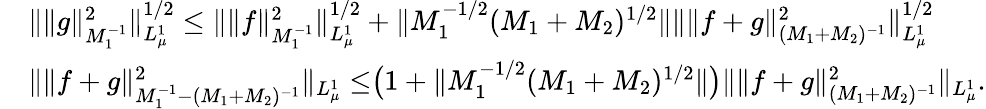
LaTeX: \begin{array}{rl}&{\Vert\Vert g\Vert_{M_{1}^{-1}}^{2}\Vert_{L_{\mu}^{1}}^{1/2}\leq\Vert\Vert f\Vert_{M_{1}^{-1}}^{2}\Vert_{L_{\mu}^{1}}^{1/2}+\Vert M_{1}^{-1/2}(M_{1}+M_{2})^{1/2}\Vert\Vert\Vert f+g\Vert_{(M_{1}+M_{2})^{-1}}^{2}\Vert_{L_{\mu}^{1}}^{1/2}}\\ &{\Vert\Vert f+g\Vert_{M_{1}^{-1}-(M_{1}+M_{2})^{-1}}^{2}\Vert_{L_{\mu}^{1}}\leq\bigr(1+\Vert M_{1}^{-1/2}(M_{1}+M_{2})^{1/2}\Vert\bigr)\Vert\Vert f+g\Vert_{(M_{1}+M_{2})^{-1}}^{2}\Vert_{L_{\mu}^{1}}.}\end{array}